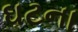
ઘટના